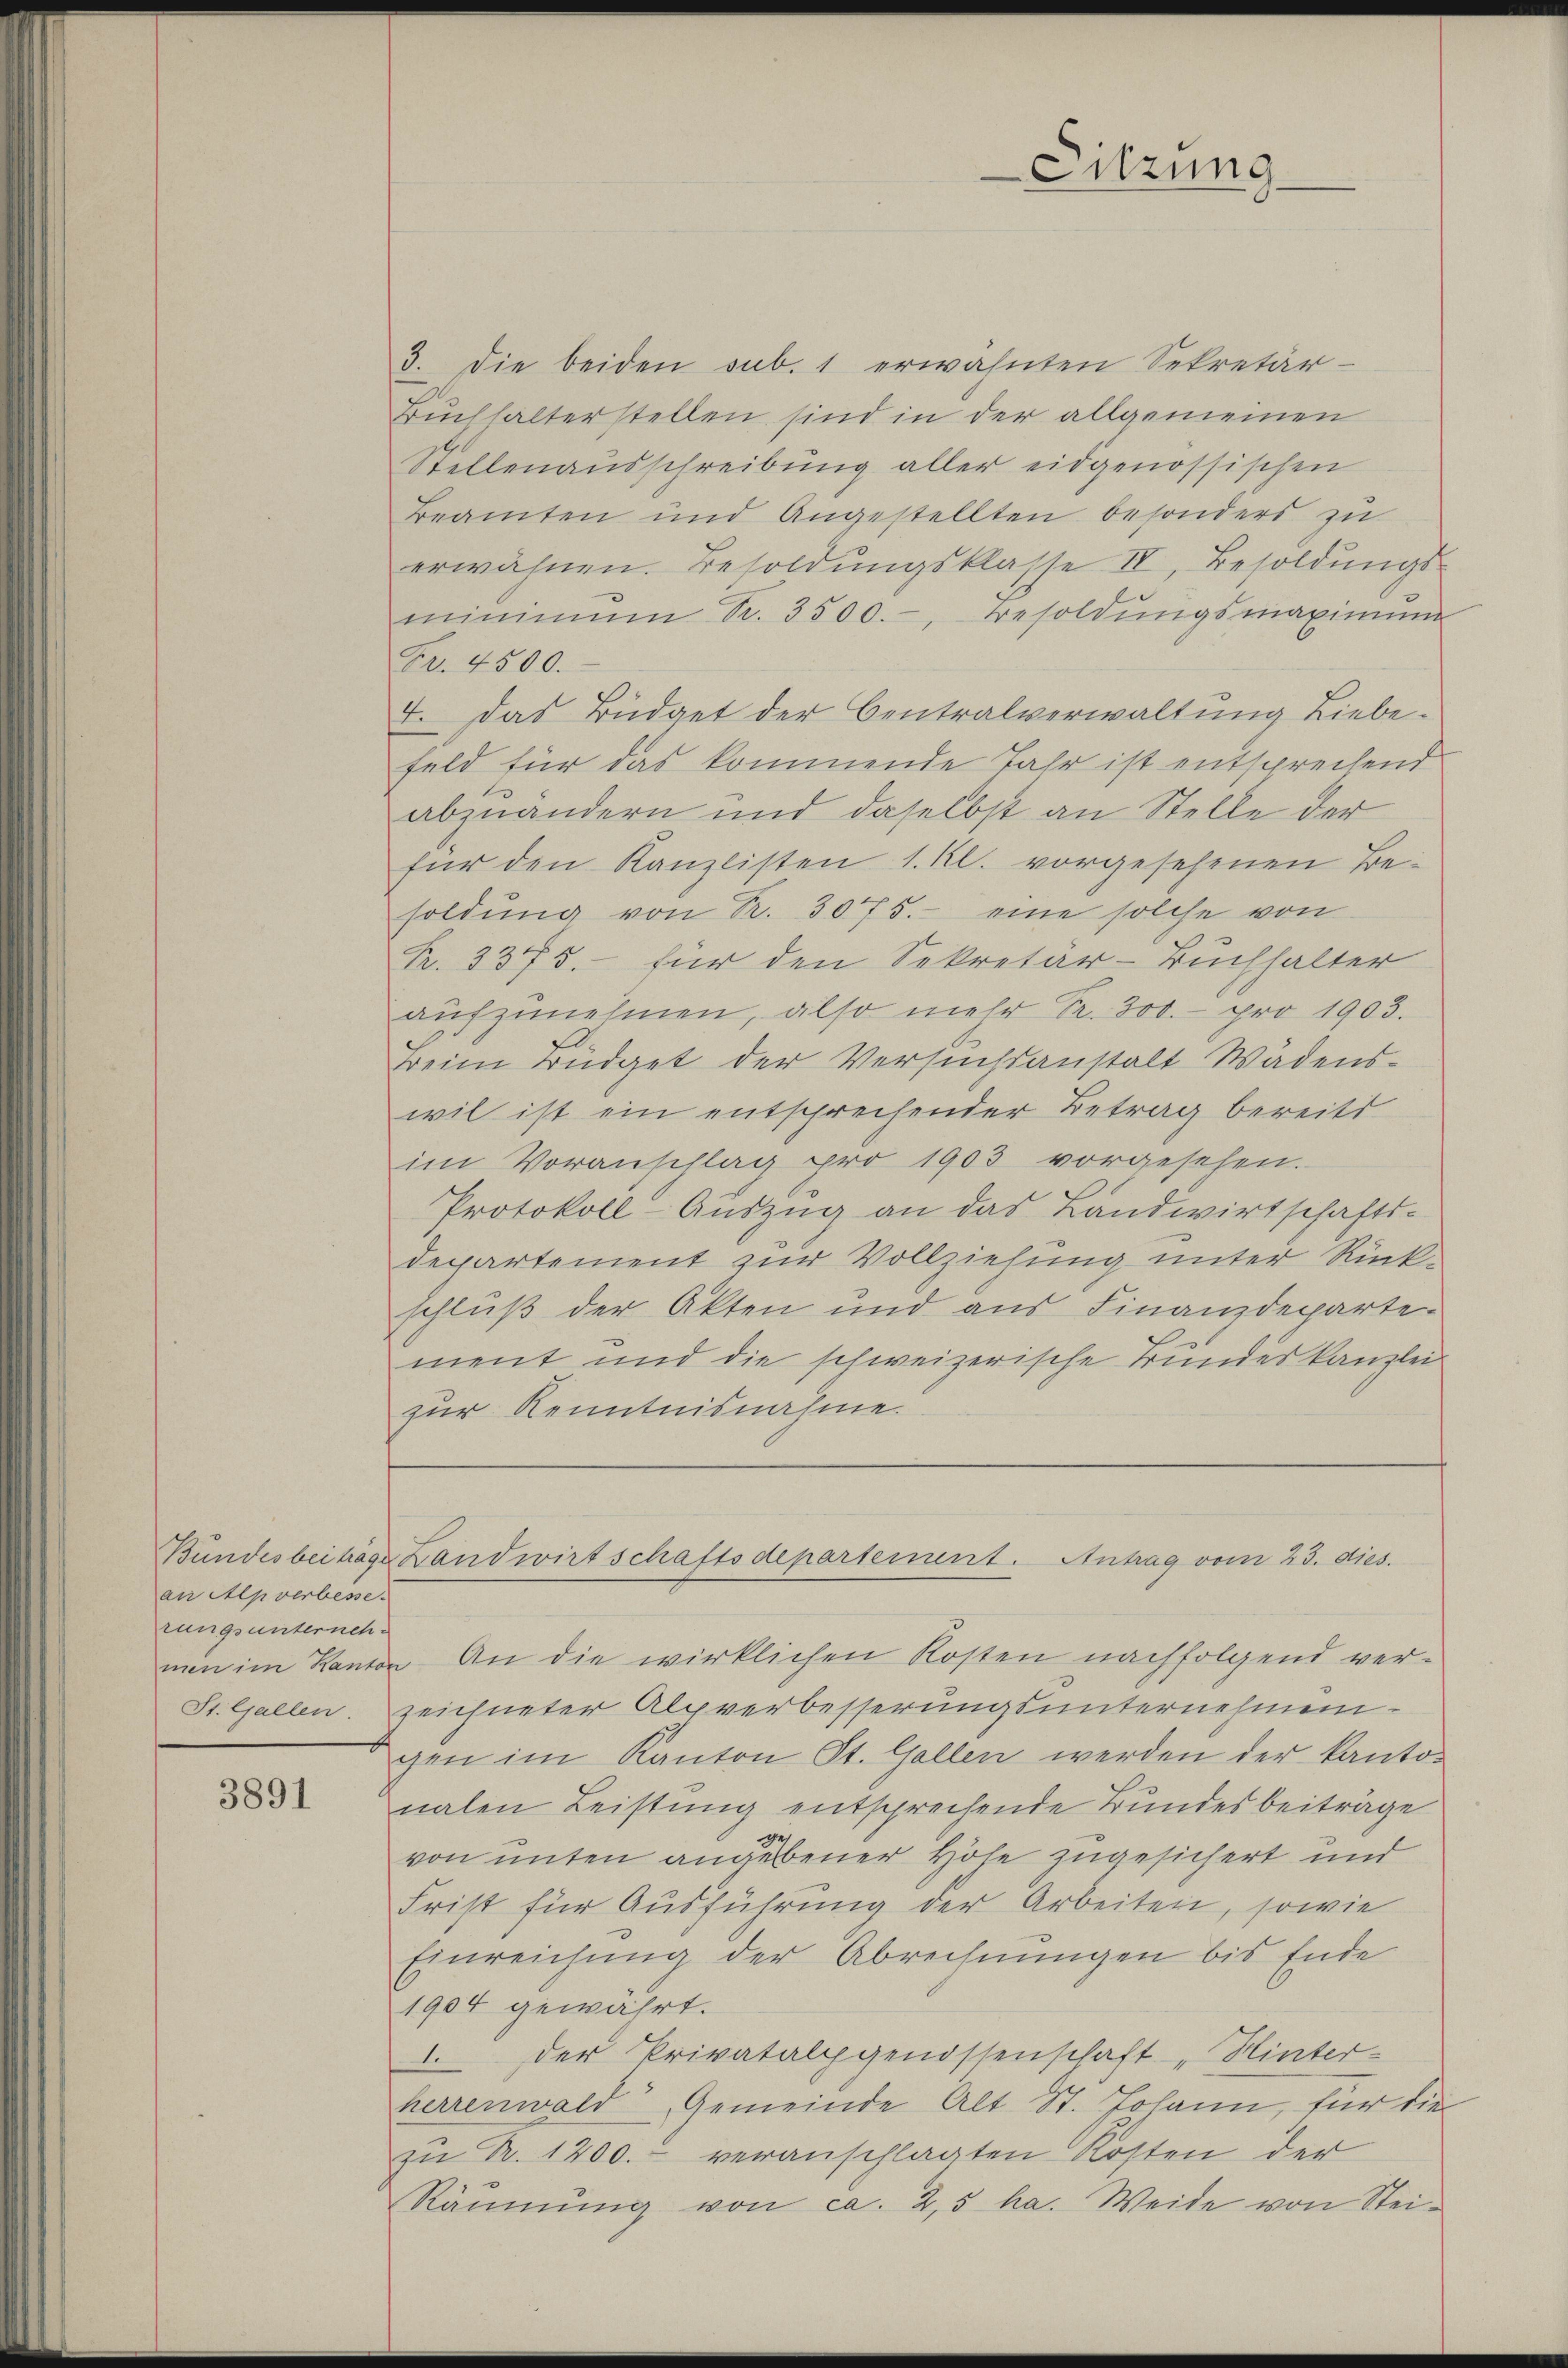
Bundesbeiträge
an Apverbesse.
rungsunterneh¬
St. Gallen.

3891

3. die beiden sub. 1 erwähnten Sekretär-
Buchhalterstellen sind in der allgemeinen
Stellenausschreibung aller eidgenössischen
Beamten und Angestellten besonders zu
erwähnen. Besoldŭngsklasse IV, Besoldŭngs-
minimŭm S. 3500.-, Besoldungsmaximum
Fr. 4500.
4. Das Büdget der Centralverwaltung Liebefeld für das kommende Jahr ist entsprechend
1
abzuändern und daselbst an Stelle der
für den Kanzlisten 1. Kl. vorgesehenen Besoldŭng von R. 3075.- eine solche von
R. 3375.- für den Sekretär-Buchhalter
aŭfzŭnehmen, also mehr S. 300.- pro 1903.
Beim Büdget der Versuchsanstalt Wädenswil ist ein entsprechender Betrag bereits
im Voranschlag pro 1903 vorgesehen.
Protokoll-Auszug an das Landwirtschafts-
departement zur Vollziehung unter Rückschluß der Akten und aus Finanzdepartement und die schweizerische Bundeskanzlei
zur Kenntnisnahme.

Sitzung

Landwirtschaftsdepartement. Antrag vom 23. dies.

men im Kanton - An die wirklichen Kosten nachfolgend ver-
zeichneter Alpverbesserungsunternehmengen im Kanton St. Gallen werden der Kanto-
nalen Leistung entsprechende Bundesbeiträge
von unten angebener Höhe zugesichert und
Frist für Ausführung der Arbeiten, sowie
Einreichung der Abrechnungen bis Ende
1904 gewährt.
 der Privatalpgenossenschaft "Hinter-
herrenwald Gemeinde Alt St. Johann, für die
zu R. 1200.- veranschlagten Kosten der
Räumung von ca. 2,5 ha. Weide von Stei¬